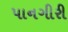
પાનગીરી